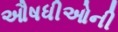
ઔષધીઓની